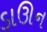
ડાઊન